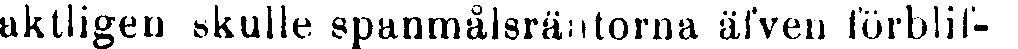
aktligen skulle spanmålsräntorna äfven förblif-